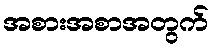
အစားအစာအတွက်